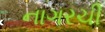
નાગરચી